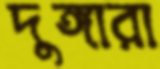
দুঙ্গারা